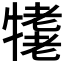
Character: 𤛪